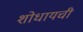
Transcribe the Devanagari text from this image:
शोधायची